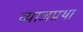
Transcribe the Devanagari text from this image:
व्याजप्रथा